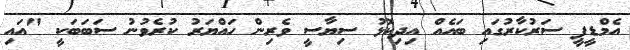
އެމްޑީޕީ ސަރުކާރުގައި ބައެއް އިދިކޮޅު ސިޔާސީ ވެރިން ހައްޔަރު ކުރެވުނު ސަބަބަކީ "އައި